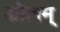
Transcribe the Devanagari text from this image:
कॊल्लम्